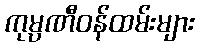
ကုမ္ပဏီဝန်ထမ်းများ